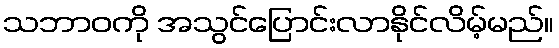
သဘာဝကို အသွင်ပြောင်းလာနိုင်လိမ့်မည်။